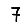
Digit: 7